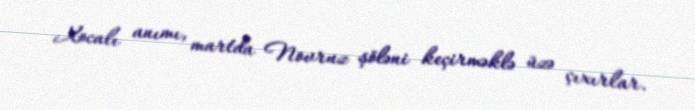
Xocalı anımı, martda Novruz şöləni keçirməklə üzə çıxırlar.